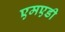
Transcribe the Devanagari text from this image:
एमएडी